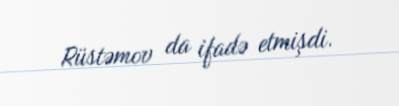
Rüstəmov da ifadə etmişdi.